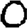
Digit: 0